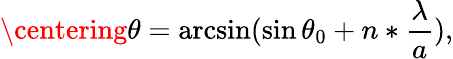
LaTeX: \centering\theta=\arcsin(\sin{\theta_{0}}+n*\frac{\lambda}{a}),